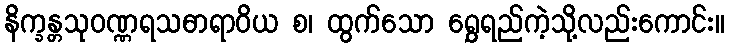
နိက္ခန္တသုဝဏ္ဏရသဓာရာဝိယ စ၊ ထွက်သော ရွှေရည်ကဲ့သို့လည်းကောင်း။